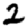
Digit: 2